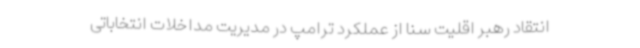
انتقاد رهبر اقلیت سنا از عملکرد ترامپ در مدیریت مداخلات انتخاباتی